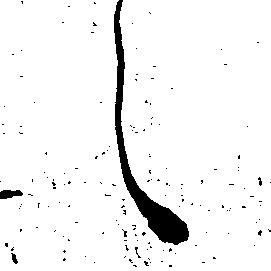
え